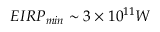
E I R P _ { m i n } \sim 3 \times 1 0 ^ { 1 1 } W